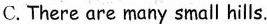
C. There are many small hills.